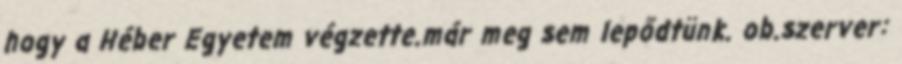
hogy a Héber Egyetem végzette.már meg sem lepődtünk. ob.szerver: